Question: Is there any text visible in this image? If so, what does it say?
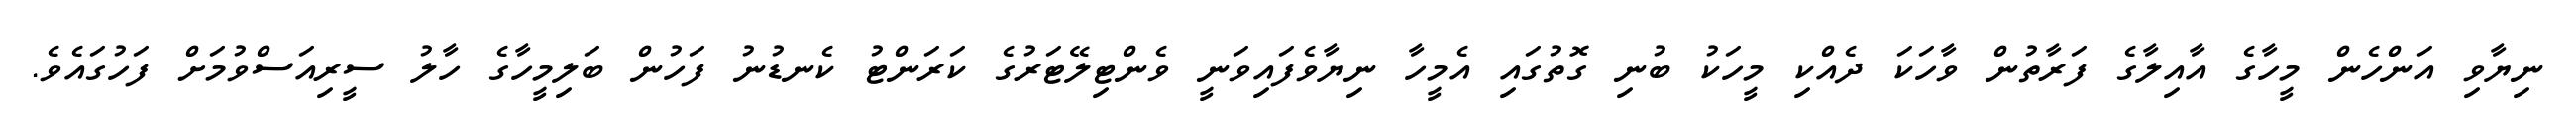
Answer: ނިޔާވި އަންހެން މީހާގެ އާއިލާގެ ފަރާތުން ވާހަކަ ދެއްކި މީހަކު ބުނި ގޮތުގައި އެމީހާ ނިޔާވެފައިވަނީ ވެންޓިލޭޓަރުގެ ކަރަންޓު ކެނޑުނު ފަހުން ބަލިމީހާގެ ހާލު ސީރިއަސްވުމަށް ފަހުގައެވެ.